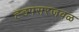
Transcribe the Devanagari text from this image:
ह्डपसरजवळ